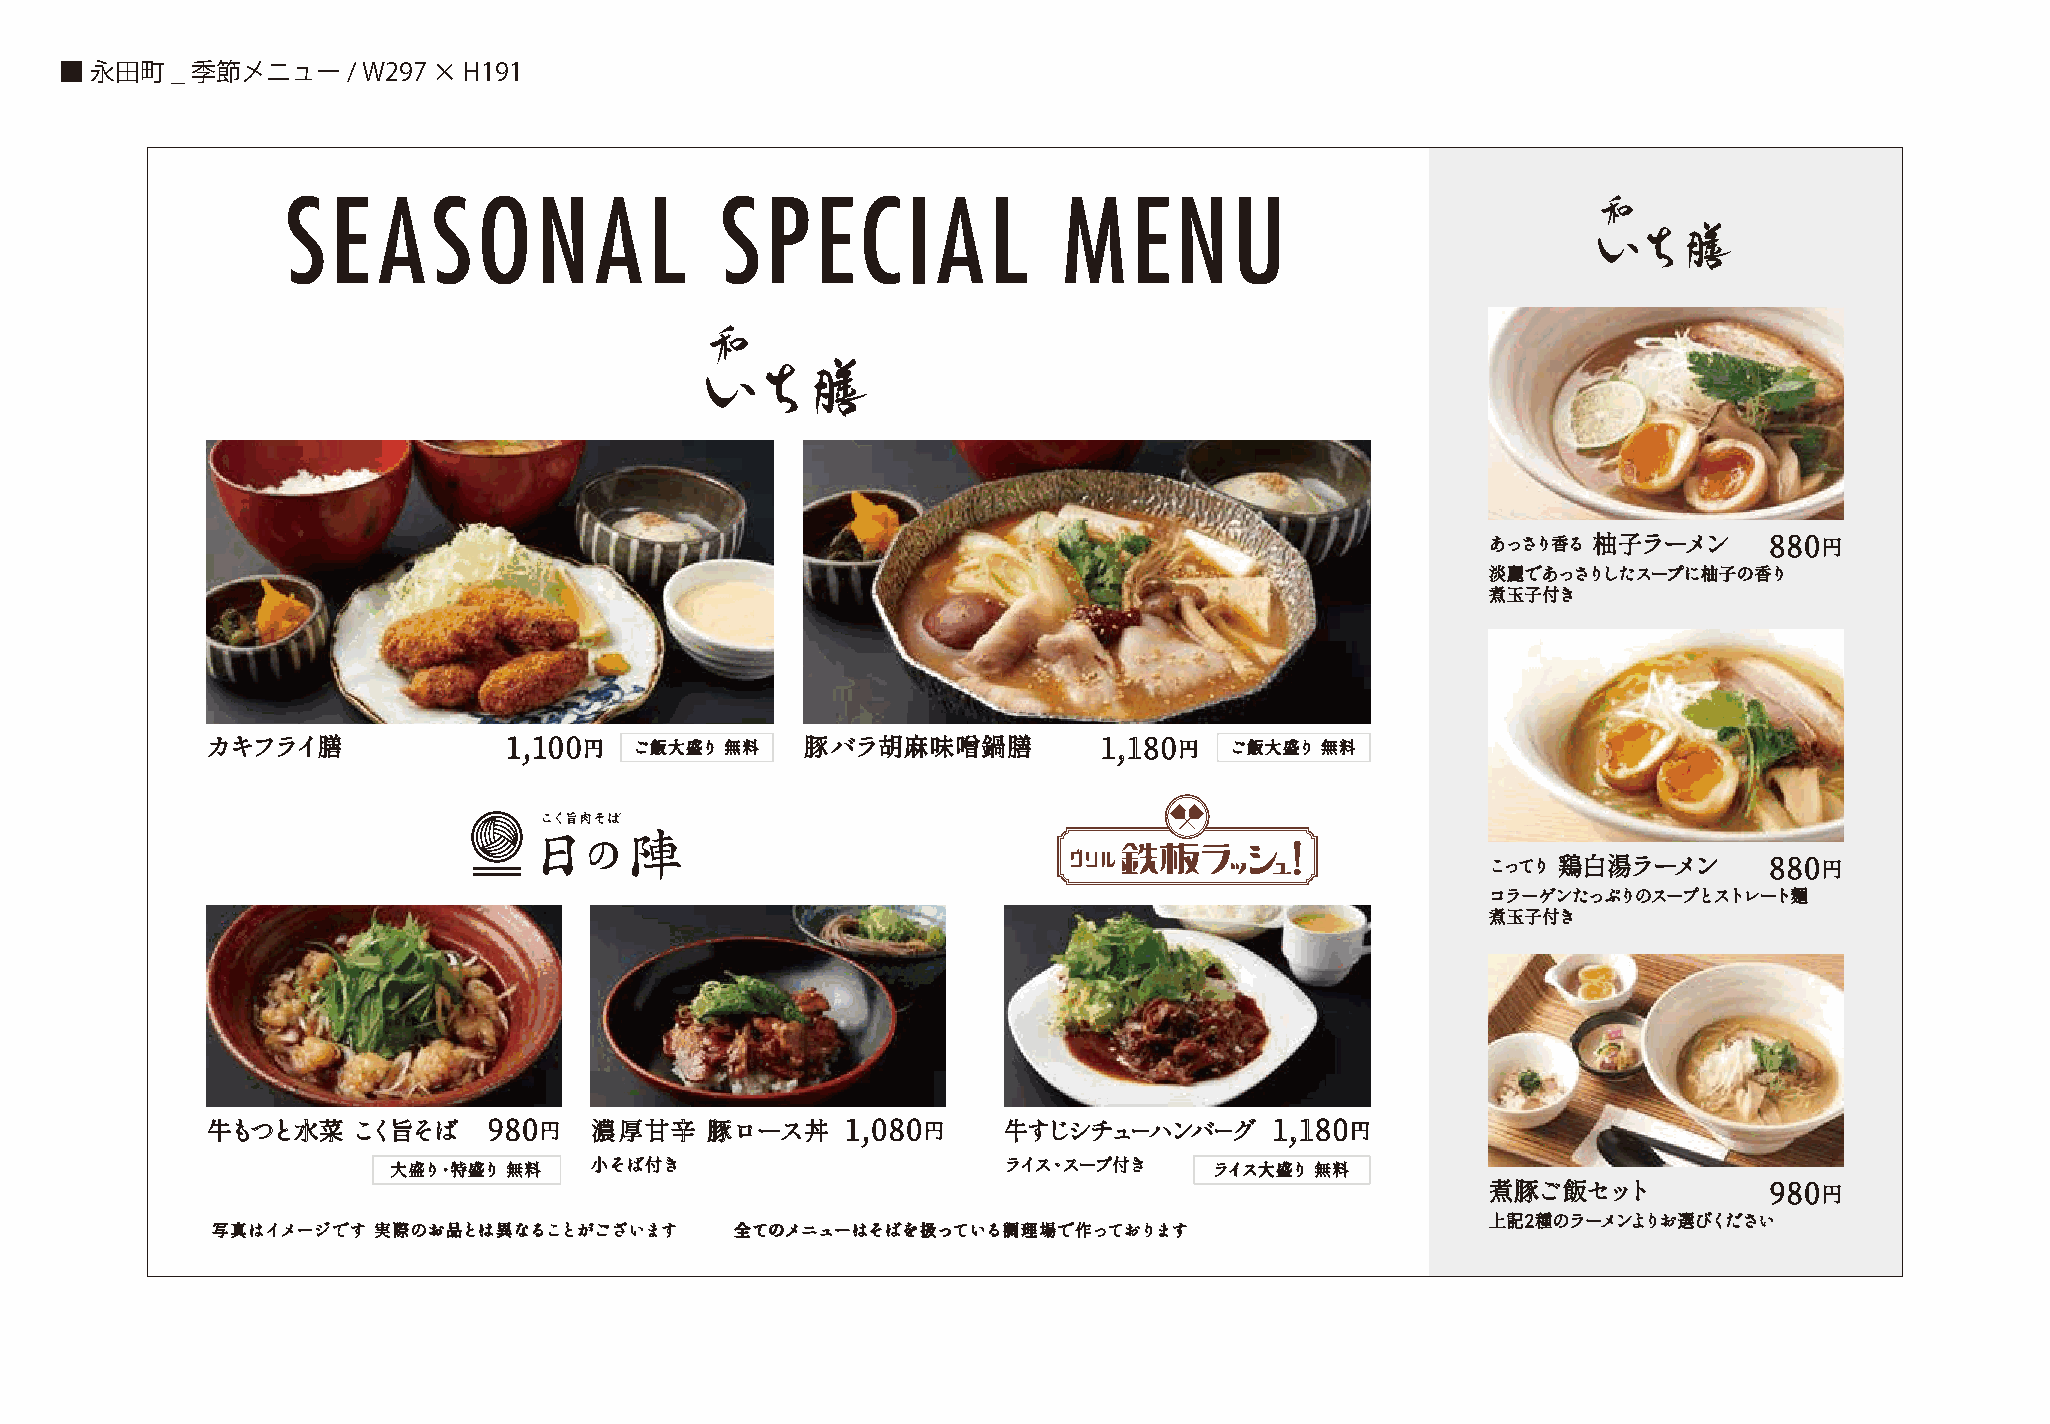
■ 永田町  _季節メニュー/     W297 × H191
 SE    ASONAL                 SPECIAL               MENU
 あっさり香る 柚子ラーメン     880円
 淡麗であっさりしたスープに柚子の香り
 煮玉子付き
 カキフライ膳             1,100円   ご飯大盛り 無料   豚バラ胡麻味噌鍋膳           1,180円  ご飯大盛り 無料
 こってり 鶏白湯ラーメン      880円
 コラーゲンたっぷりのスープとストレート麺
 煮玉子付き
 牛もつと水菜   こく旨そば    980円   濃厚甘辛    豚ロース丼    1,080円    牛すじシチューハンバーグ      1,180円
 大盛り・特盛り 無料   小そば付き                      ライス・スープ付き     ライス大盛り 無料
 煮豚ご飯セット           980円
 上記2種のラーメンよりお選びください
 写真はイメージです  実際のお品とは異なることがございます      全てのメニューはそばを扱っている調理場で作っております